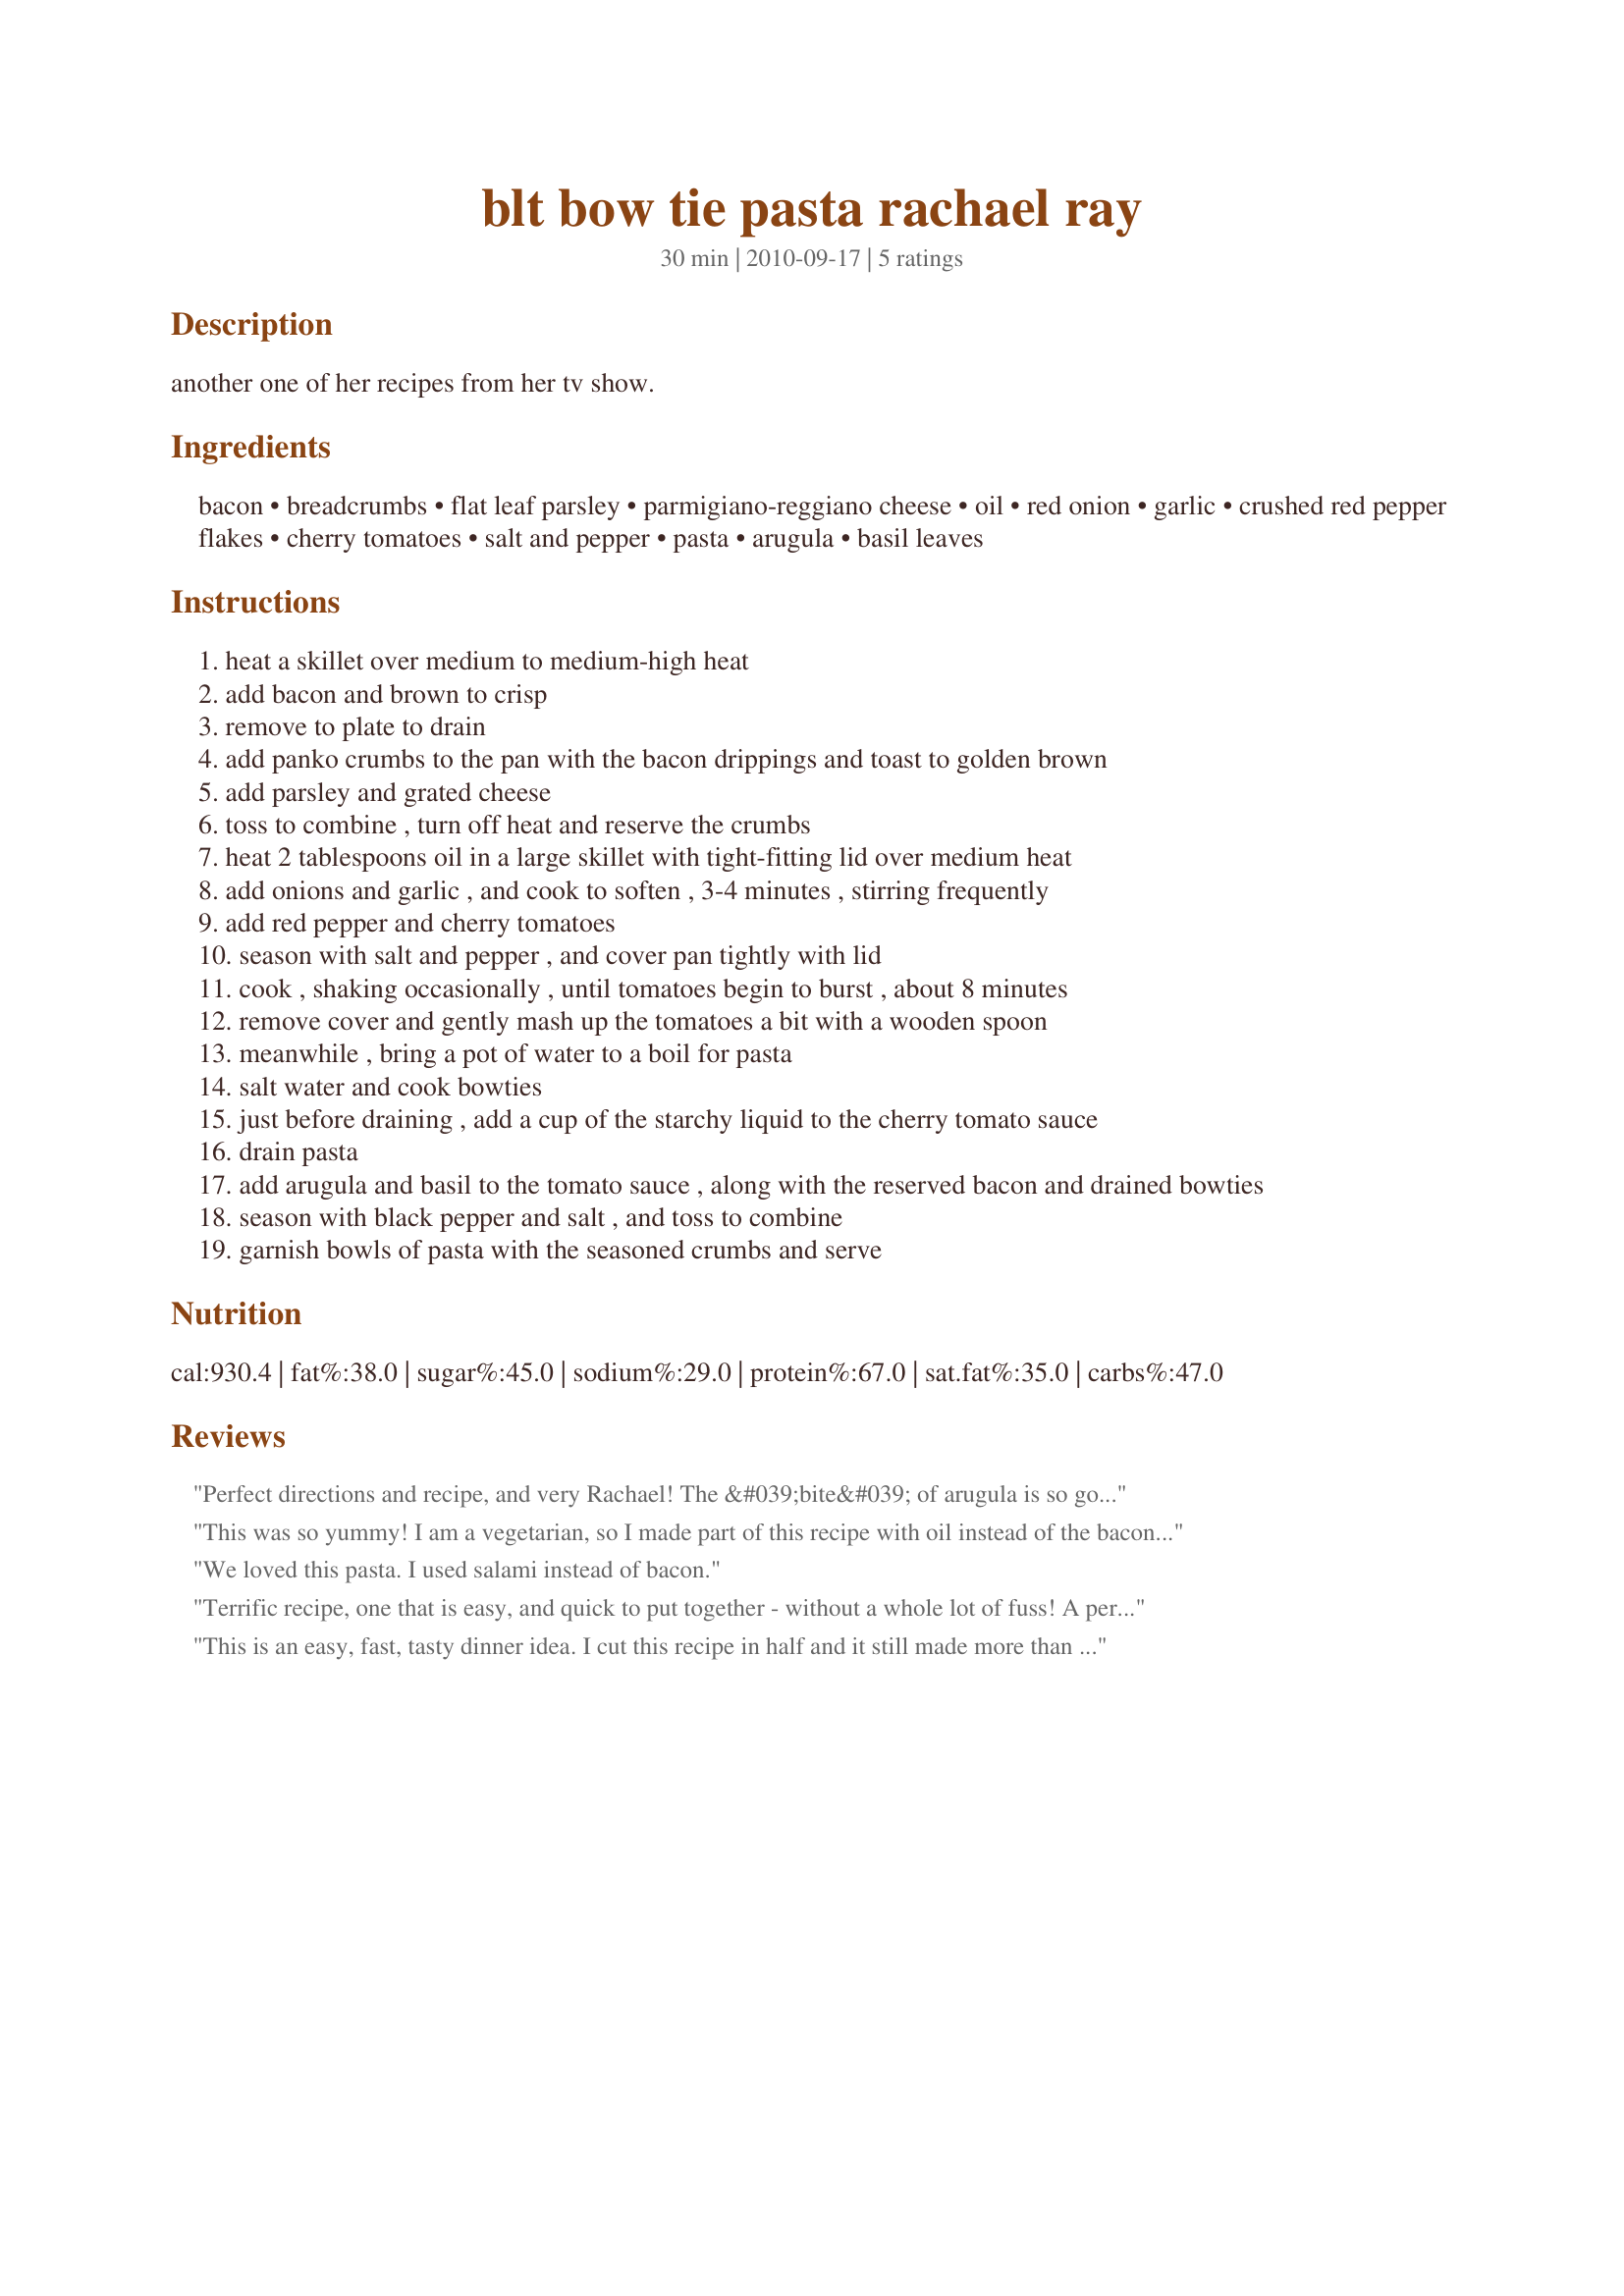
blt bow tie pasta rachael ray
Preparation time: 30 minutes

another one of her recipes from her tv show.

Ingredients:
bacon, breadcrumbs, flat leaf parsley, parmigiano-reggiano cheese, oil, red onion, garlic, crushed red pepper flakes, cherry tomatoes, salt and pepper, pasta, arugula, basil leaves

Steps:
heat a skillet over medium to medium-high heat
add bacon and brown to crisp
remove to plate to drain
add panko crumbs to the pan with the bacon drippings and toast to golden brown
add parsley and grated cheese
toss to combine , turn off heat and reserve the crumbs
heat 2 tablespoons oil in a large skillet with tight-fitting lid over medium heat
add onions and garlic , and cook to soften , 3-4 minutes , stirring frequently
add red pepper and cherry tomatoes
season with salt and pepper , and cover pan tightly with lid
cook , shaking occasionally , until tomatoes begin to burst , about 8 minutes
remove cover and gently mash up the tomatoes a bit with a wooden spoon
meanwhile , bring a pot of water to a boil for pasta
salt water and cook bowties
just before draining , add a cup of the starchy liquid to the cherry tomato sauce
drain pasta
add arugula and basil to the tomato sauce , along with the reserved bacon and drained bowties
season with black pepper and salt , and toss to combine
garnish bowls of pasta with the seasoned crumbs and serve

Reviews:
Perfect directions and recipe, and very Rachael! The &#039;bite&#039; of arugula is so good, but this would also be good with spinach as a substitute.
This was so yummy! I am a vegetarian, so I made part of this recipe with oil instead of the bacon drippings, and did not include the bacon in it. Both the recipe as written, and my veg version were eaten up! Will definetly keep this recipe!
We loved this pasta. I used salami instead of bacon.
Terrific recipe, one that is easy, and quick to put together - without a whole lot of fuss! A perfect dish for weekday meals or company - either works perfectly. I didn't have arugula, so I subbed fresh spinach - and this made an absolute grand meal. I could of eaten the whole thing myself - but I thought it wise to cut it at one serving. Love the small tomatoes in this, with the sparkling garlic. Perfection on a fork! Thanks Lori!
This is an easy, fast, tasty dinner idea. I cut this recipe in half and it still made more than 4 generous servings. I served along side pan-seared chicken breast tenderloins and romaine lettuce.
